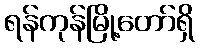
ရန်ကုန်မြို့တော်ရှိ